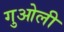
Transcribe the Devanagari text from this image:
गुओली